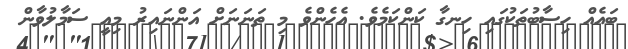
ބައެއް ހިސާބުތަކުގައި ހިނގާ ކަންކަމެވެ. އެހެންވެ މި ތަނަނަށް އަންނައިރު މިއީ ސަމާލުވާން